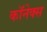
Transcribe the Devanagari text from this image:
कॉनेक्स